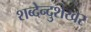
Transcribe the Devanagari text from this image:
शब्देन्दुशेखर